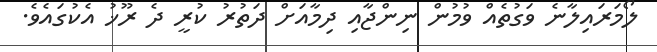
ލޯމަރައިލާނެ ވަގުތެއް ވުމުން ނިންޖާއި ދިމާއަށް ދަތުރު ކުރީ ދެ ރޫޚު އެކުގައެވެ.